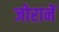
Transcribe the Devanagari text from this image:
जोरानें